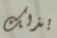
بذلك